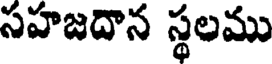
సహజదాన స్థలము